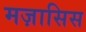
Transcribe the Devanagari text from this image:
मज़ासिस